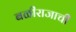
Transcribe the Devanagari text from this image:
बळीराजाची